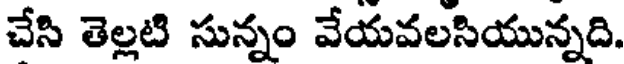
చేసి తెల్లటి సున్నం వేయవలసియున్నది.